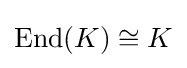
\operatorname {End} (K)\cong K